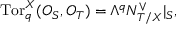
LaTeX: \mathrm { T o r } _ { q } ^ { X } ( { \cal O } _ { S } , { \cal O } _ { T } ) = \Lambda ^ { q } { \cal N } _ { T / X } ^ { \vee } | _ { S } ,